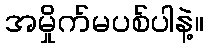
အမှိုက်မပစ်ပါနဲ့။